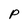
Character: P